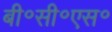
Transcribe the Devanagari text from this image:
बी॰सी॰एस॰